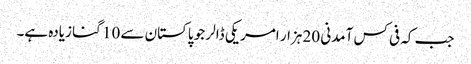
جب کہ فی کس آمدنی 20 ہزار امریکی ڈالر جو پاکستان سے 10 گنا زیادہ ہے۔